Scientific memoirs by medical officers of the Army of India - Part X,
Year: 1897
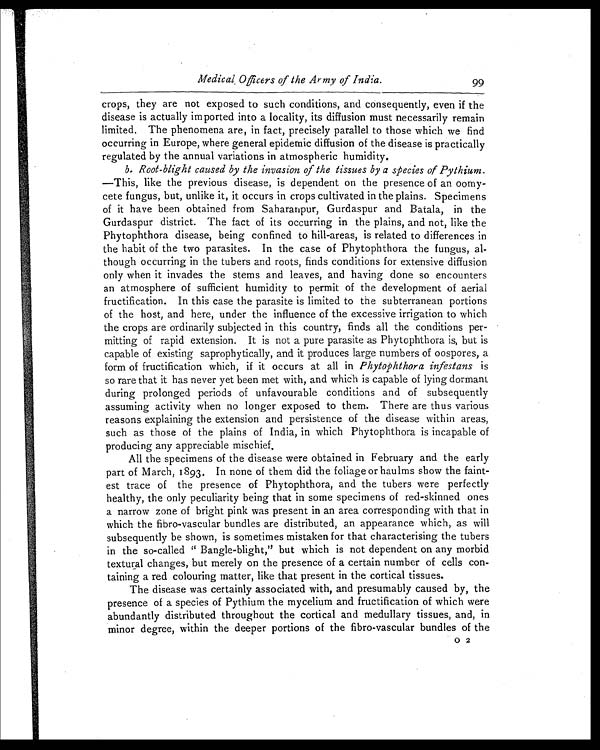
Medical Officers of the Army of India.
99
crops, they are not exposed to such conditions, and consequently, even if the
disease is actually imported into a locality, its diffusion must necessarily remain
limited. The phenomena are, in fact, precisely parallel to those which we find
occurring in Europe, where general epidemic diffusion of the disease is practically
regulated by the annual variations in atmospheric humidity.
b. Root-blight caused by the invasion of the tissues by a species of Pythiu
m.—This, like the previous disease, is dependent on the presence of an oomy
-
cete fungus, but, unlike it, it occurs in crops cultivated in the plains. Specimens
of it have been obtained from Saharanpur, Gurdaspur and Batala, in the
Gurdaspur district. The fact of its occurring in the plains, and not, like the
Phytophthora disease, being confined to hill-areas, is related to differences in
the habit of the two parasites. In the case of Phytophthora the fungus, al
-
though occurring in the tubers and roots, finds conditions for extensive diffusion
only when it invades the stems and leaves, and having done so encounters
an atmosphere of sufficient humidity to permit of the development of aerial
fructification. In this case the parasite is limited to the subterranean portions
of the host, and here, under the influence of the excessive irrigation to which
the crops are ordinarily subjected in this country, finds all the conditions per
-
mitting of rapid extension. It is not a pure parasite as Phytophthora is, but is
capable of existing saprophytically, and it produces large numbers of oospores, a
form of fructification which, if it occurs at all in Phytophthora infestans is
so rare that it has never yet been met with, and which is capable of lying dormant
during prolonged periods of unfavourable conditions and of subsequently
assuming activity when no longer exposed to them. There are thus various
reasons explaining the extension and persistence of the disease within areas,
such as those of the plains of India, in which Phytophthora is incapable of
producing any appreciable mischief.
All the specimens of the disease were obtained in February and the early
part of March, 1893. In none of them did the foliage or haulms show the faint
-
est trace of the presence of Phytophthora, and the tubers were perfectly
healthy, the only peculiarity being that in some specimens of red-skinned ones
a narrow zone of bright pink was present in an area corresponding with that in
which the fibro-vascular bundles are distributed, an appearance which, as will
subsequently be shown, is sometimes mistaken for that characterising the tubers
in the so-called " Bangle-blight," but which is not dependent on any morbid
textural changes, but merely on the presence of a certain number of cells con
-
taining a red colouring matter, like that present in the cortical tissues.
The disease was certainly associated with, and presumably caused by, the
presence of a species of Pythium the mycelium and fructification of which were
abundantly distributed throughout the cortical and medullary tissues, and, in
minor degree, within the deeper portions of the fibro-vascular bundles of the